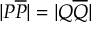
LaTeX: | P { \overline { { P } } } | = | Q { \overline { { Q } } } |